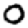
Digit: 0